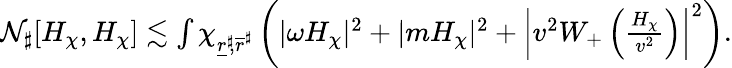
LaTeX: \begin{array}{r}{\mathcal{N}_{\sharp}[H_{\chi},H_{\chi}]\lesssim\int\chi_{\underline{{r}}^{\sharp}\! ,\overline{{r}}^{\sharp}}\left(|\omega H_{\chi}|^{2}+|mH_{\chi}|^{2}+\left|v^{2}W_{+}\left(\frac{H_{\chi}}{v^{2}}\right)\right|^{2}\right).}\end{array}